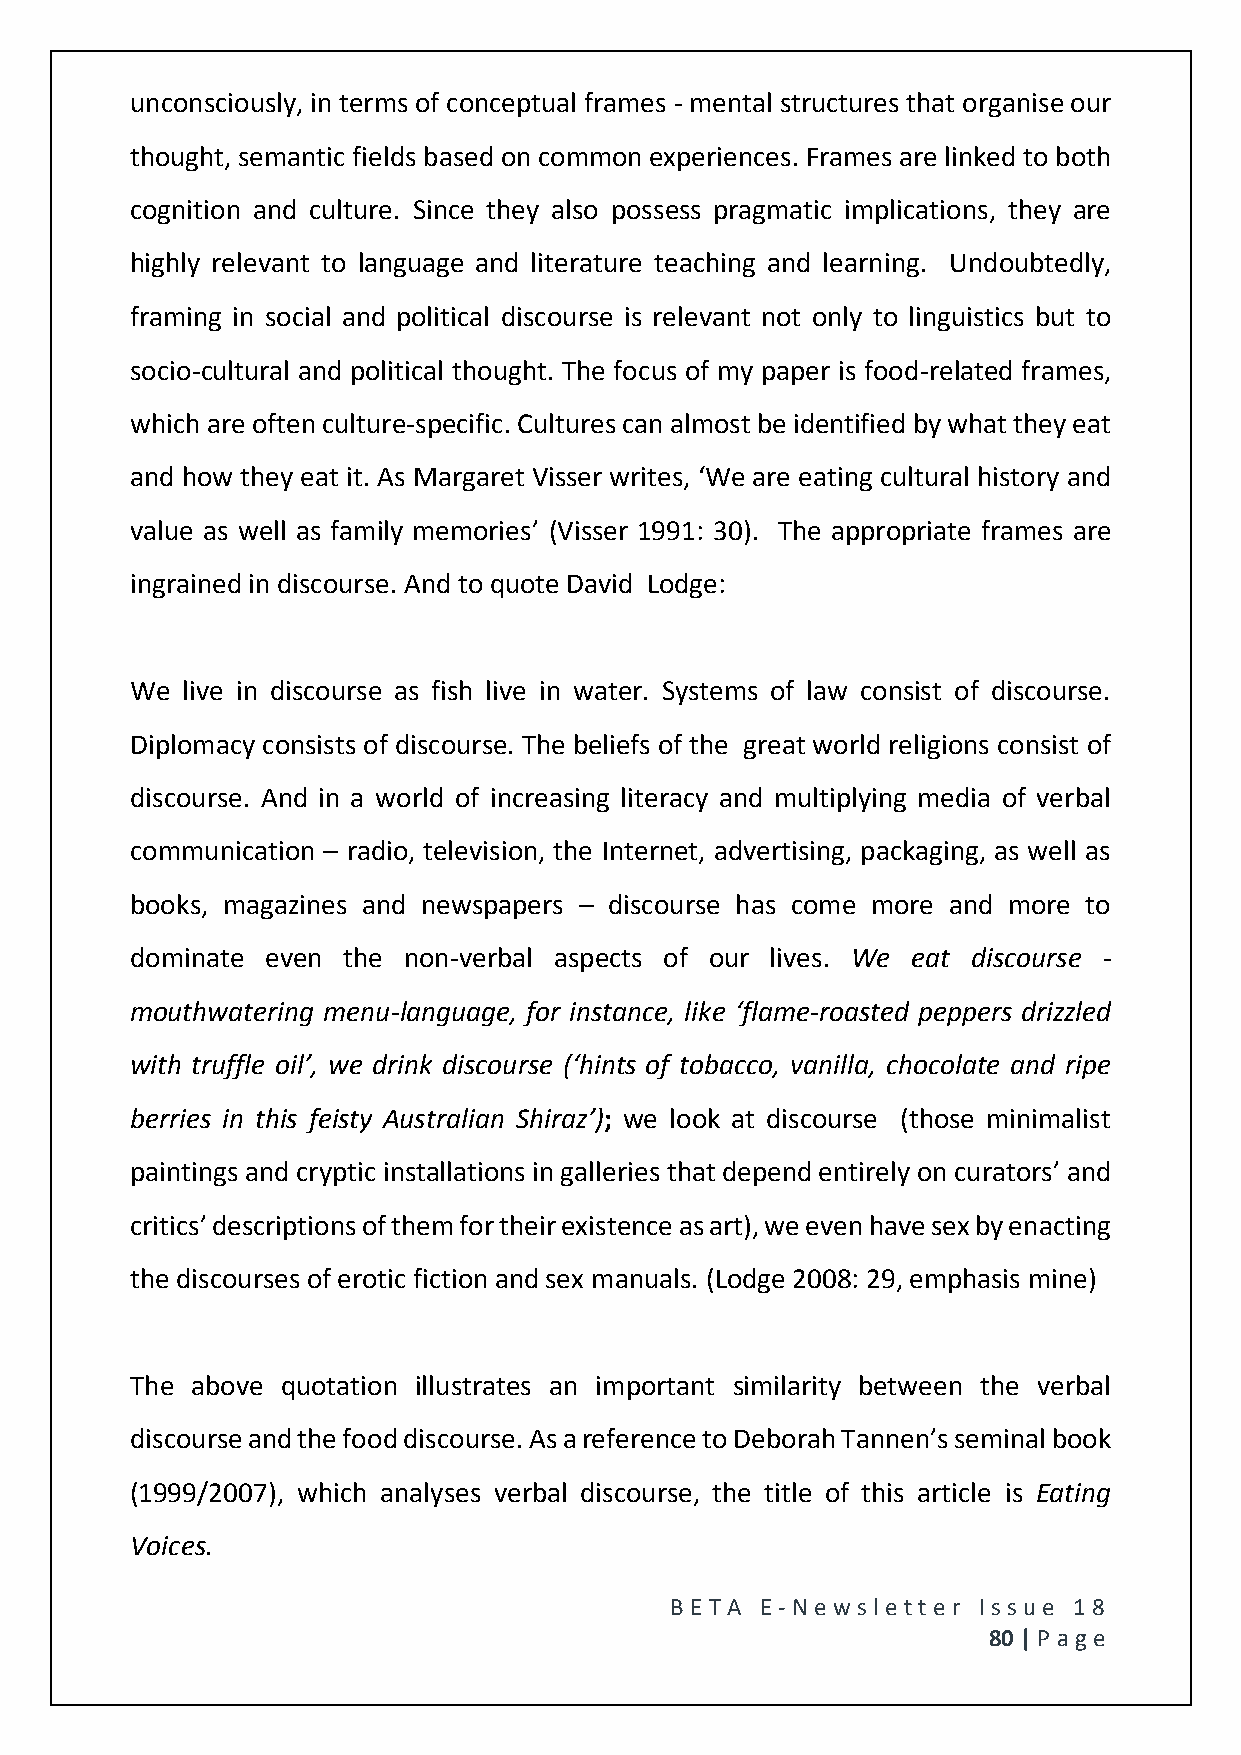
unconsciously, in terms of conceptual frames - mental structures that organise our
 thought, semantic fields based on common experiences. Frames are linked to both
 cognition and culture. Since they also possess pragmatic implications, they are
 highly relevant to language and literature teaching and learning. Undoubtedly,
 framing in social and political discourse is relevant not only to linguistics but to
 socio-cultural and political thought. The focus of my paper is food-related frames,
 which are often culture-specific. Cultures can almost be identified by what they eat
 and how they eat it. As Margaret Visser writes, ‘We are eating cultural history and
 value as well as family memories’ (Visser 1991: 30). The appropriate frames are
 ingrained in discourse. And to quote David Lodge:
 We live in discourse as fish live in water. Systems of law consist of discourse.
 Diplomacy consists of discourse. The beliefs of the great world religions consist of
 discourse. And in a world of increasing literacy and multiplying media of verbal
 communication – radio, television, the Internet, advertising, packaging, as well as
 books, magazines and newspapers – discourse has come more and more to
 dominate even the non-verbal aspects of our lives. We eat discourse -
 mouthwatering menu-language, for instance, like ‘flame-roasted peppers drizzled
 with truffle oil’, we drink discourse (‘hints of tobacco, vanilla, chocolate and ripe
 berries in this feisty Australian Shiraz’); we look at discourse (those minimalist
 paintings and cryptic installations in galleries that depend entirely on curators’ and
 critics’ descriptions of them for their existence as art), we even have sex by enacting
 the discourses of erotic fiction and sex manuals. (Lodge 2008: 29, emphasis mine)
 The above quotation illustrates an important similarity between the verbal
 discourse and the food discourse. As a reference to Deborah Tannen’s seminal book
 (1999/2007), which analyses verbal discourse, the title of this article is Eating
 Voices.
 BE T A E -N e wsle tt e r Issue 18
 80 | P age